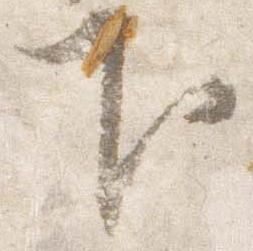
下